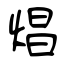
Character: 焻